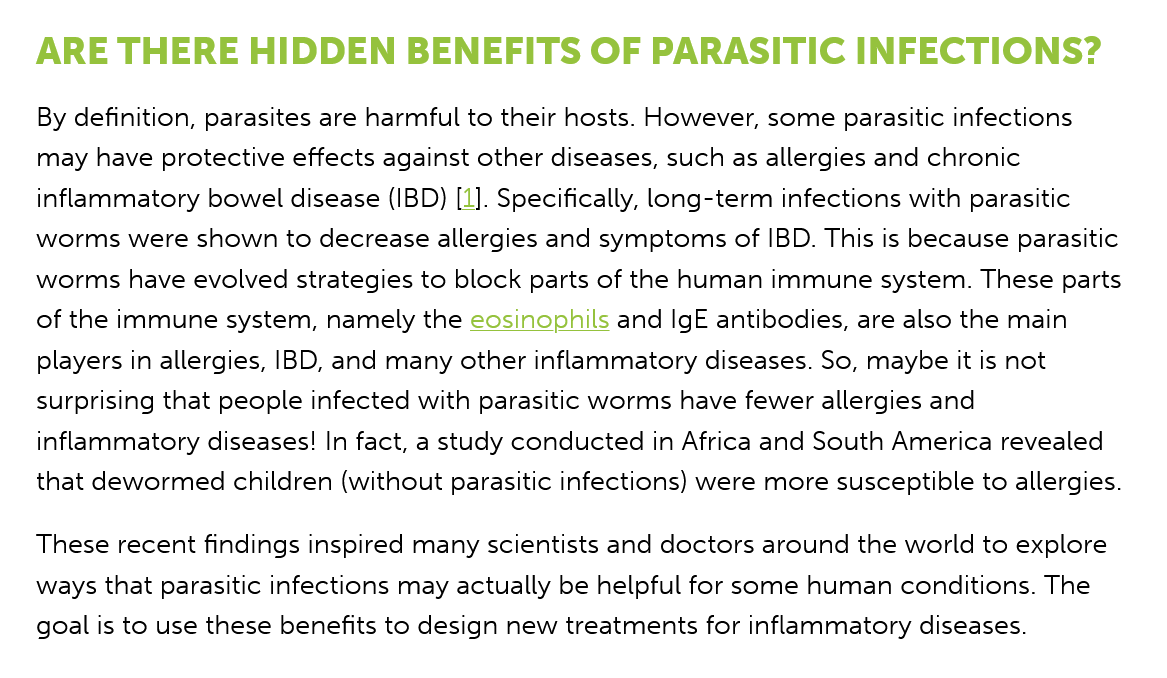
ARE   THERE    HIDDEN    BENEFITS    OF  PARASITIC    INFECTIONS?
   By definition, parasites are harmful to their hosts. However, some parasitic infections
   may  have protective effects against other diseases, such as allergies and chronic
   inflammatory bowel disease (IBD) [1]. Specifically, long-term infections with parasitic
   worms were  shown to decrease allergies and symptoms of IBD. This is because parasitic
   worms have  evolved strategies to block parts of the human immune system. These parts
   of the immune system, namely the eosinophils and IgE antibodies, are also the main
   players in allergies, IBD, and many other inflammatory diseases. So, maybe it is not
   surprising that people infected with parasitic worms have fewer allergies and
   inflammatory diseases! In fact, a study conducted in Africa and South America revealed
   that dewormed  children (without parasitic infections) were more susceptible to allergies.
   These recent findings inspired many scientists and doctors around the world to explore
   ways that parasitic infections may actually be helpful for some human conditions. The
   goal is to use these benefits to design new treatments for inflammatory diseases.